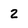
Character: 2